Annual report of the Punjab Veterinary College and of the Civil Veterinary Department, Punjab - 1926-1932
Year: 1926
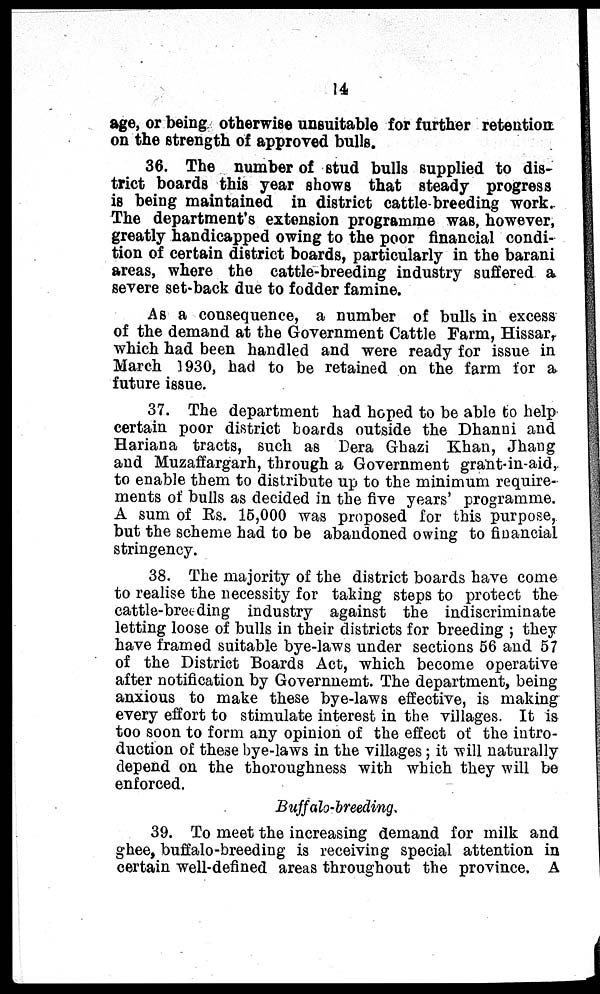
14
age, or being otherwise unsuitable for further retention
on the strength of approved bulls.
36. The number of stud bulls supplied to dis-
trict boards this year shows that steady progress
is being maintained in district cattle breeding work.
The department's extension programme was, however,
greatly handicapped owing to the poor financial condi-
tion of certain district boards, particularly in the barani
areas, where the cattle-breeding industry suffered a
severe set-back due to fodder famine.
As a consequence, a number of bulls in excess
of the demand at the Government Cattle Farm, Hissar,
which had been handled and were ready for issue in
March 1930, had to be retained on the farm for a
future issue.
37. The department had hoped to be able to help
certain poor district boards outside the Dhanni and
Hariana tracts, such as Dera Ghazi Khan, Jhang
and Muzaffargarh, through a Government grant-in-aid,
to enable them to distribute up to the minimum require-
ments of bulls as decided in the five years' programme.
A sum of Rs. 15,000 was proposed for this purpose,
but the scheme had to be abandoned owing to financial
stringency.
38. The majority of the district boards have come
to realise the necessity for taking steps to protect the
cattle-breeding industry against the indiscriminate
letting loose of bulls in their districts for breeding; they
have framed suitable bye-laws under sections 56 and 57
of the District Boards Act, which become operative
after notification by Governnemt. The department, being
anxious to make these bye-laws effective, is making
every effort to stimulate interest in the villages. It is
too soon to form any opinion of the effect of the intro-
duction of these bye-laws in the villages; it will naturally
depend on the thoroughness with which they will be
enforced.
Buffalo-breeding.
39. To meet the increasing demand for milk and
ghee, buffalo-breeding is receiving special attention in
certain well-defined areas throughout the province. A